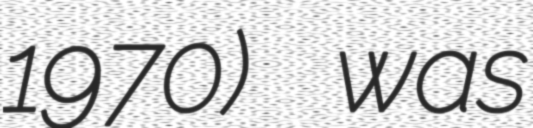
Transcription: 1970) was